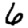
Digit: 6